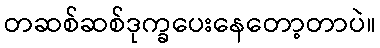
တဆစ်ဆစ်ဒုက္ခပေးနေတော့တာပဲ။